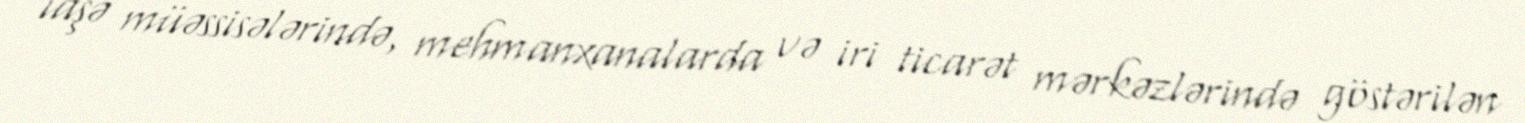
iaşə müəssisələrində, mehmanxanalarda və iri ticarət mərkəzlərində göstərilən